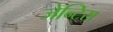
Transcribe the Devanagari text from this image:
जेन्टिस